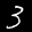
Label: 3